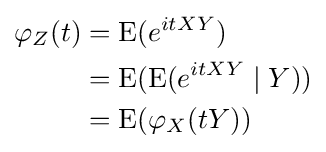
{\begin{aligned}\varphi _{Z}(t)&=\operatorname {E} (e^{itXY})\\&=\operatorname {E} (\operatorname {E} (e^{itXY}\mid Y))\\&=\operatorname {E} (\varphi _{X}(tY))\end{aligned}}